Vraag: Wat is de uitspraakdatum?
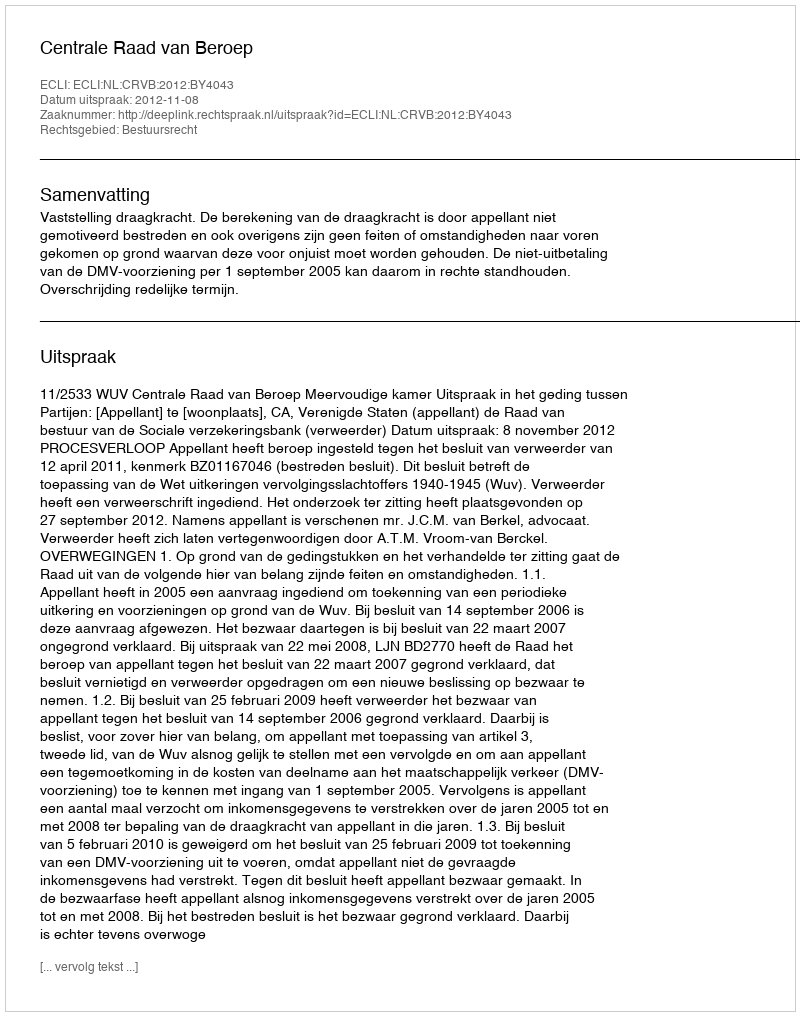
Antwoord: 2012-11-08